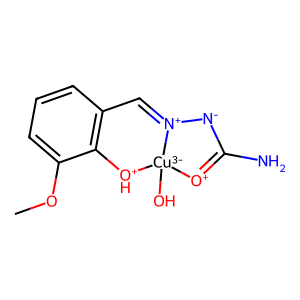
SMILES: COc1cccc2c1[OH+][Cu-3]1(O)[O+]=C(N)[N-][N+]1=C2
Inhibits HIV replication: No